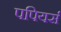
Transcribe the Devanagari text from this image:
पपियर्स